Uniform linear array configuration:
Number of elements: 8
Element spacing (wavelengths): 1
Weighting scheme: kaiser
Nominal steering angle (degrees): -15
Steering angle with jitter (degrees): -15.725
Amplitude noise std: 0.05
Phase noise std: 0.05

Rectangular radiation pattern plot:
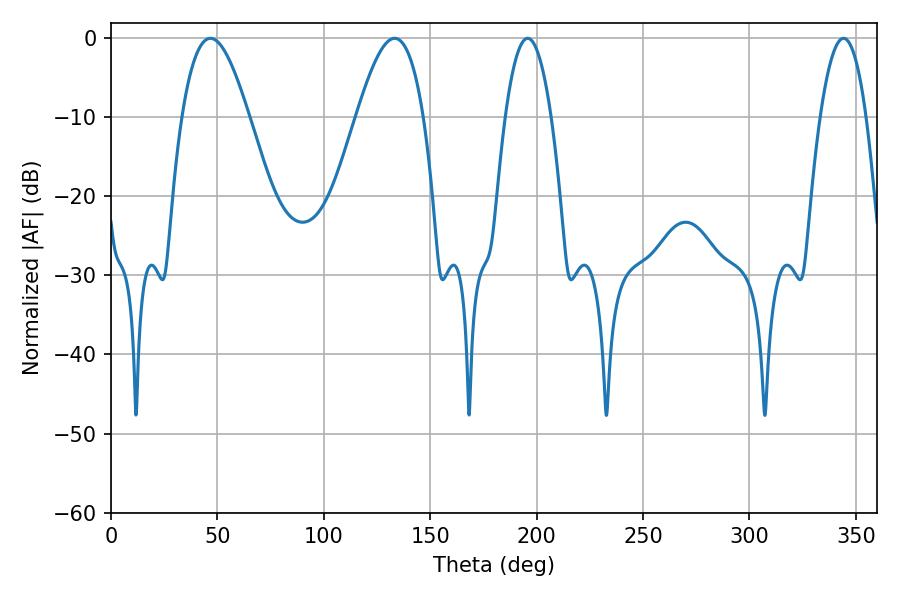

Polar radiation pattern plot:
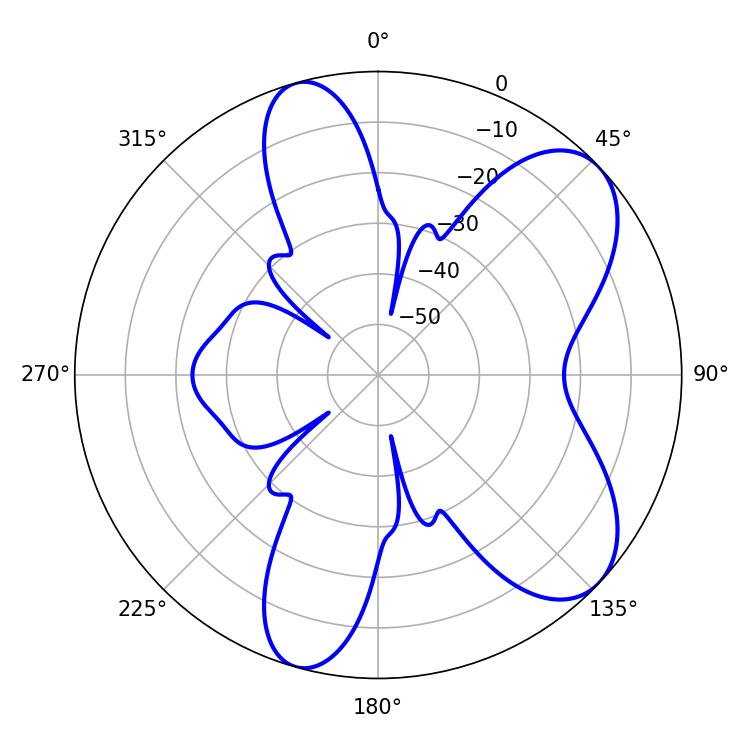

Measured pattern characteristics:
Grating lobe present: TRUE
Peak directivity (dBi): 7.469
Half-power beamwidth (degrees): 11.88
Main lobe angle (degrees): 195.84